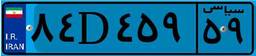
۸۴D۴۵۹۵۹